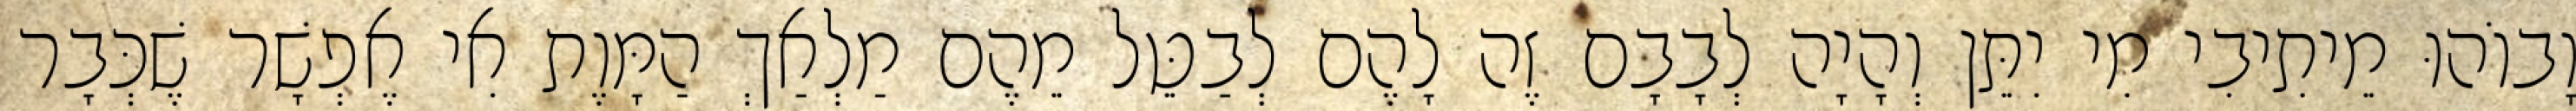
וָבוֹהוּ מֵיתִיבִי מִי יִתֵּן וְהָיָה לְבָבָם זֶה לָהֶם לְבַטֵּל מֵהֶם מַלְאַךְ הַמָּוֶת אִי אֶפְשָׁר שֶׁכְּבָר